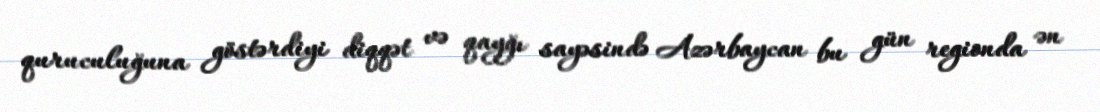
quruculuğuna göstərdiyi diqqət və qayğı sayəsində Azərbaycan bu gün regionda ən